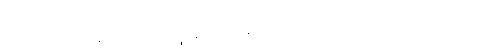
ဘဝအိပ်မက် ပန်းအိပ်မက် ဝတ္ထုနဲ့ စာပေဆု ရခဲ့ပြီး ဒီဝတ္ထုမှာ အမျိုးသားရေးအမြင်နဲ့